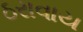
ઠરાવાય